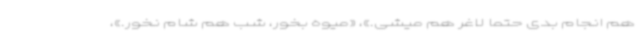
هم انجام بدی حتماً لاغر هم میشی.»، «میوه بخور، شب‌ هم شام نخور.»،